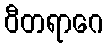
ဝီတရာဂေ